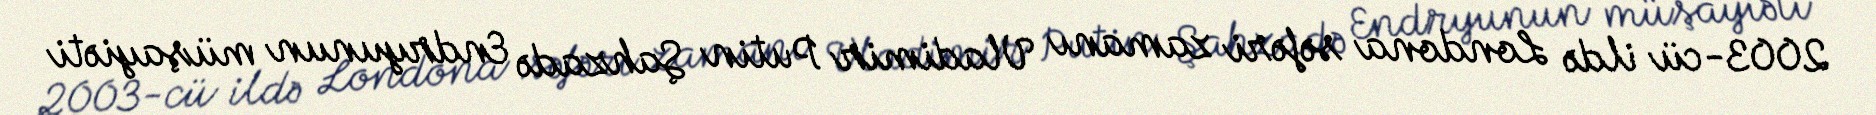
2003-cü ildə Londona səfəri zamanı Vladimir Putin Şahzadə Endryunun müşayiəti